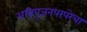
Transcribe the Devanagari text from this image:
अग्निपूजनपरंपरेचा